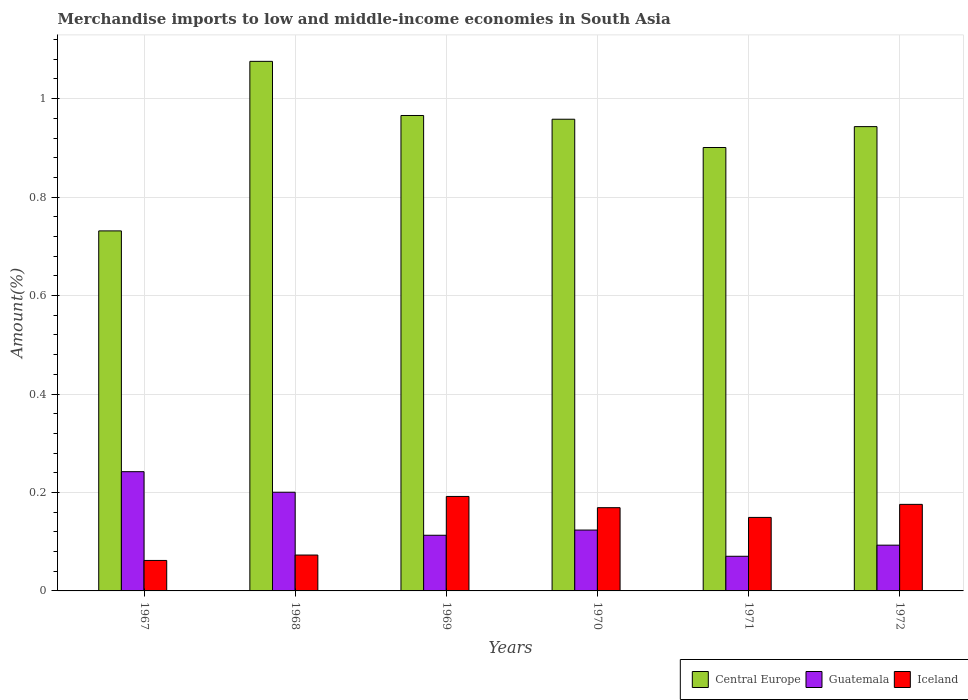
| Years | Central Europe | Guatemala | Iceland |
 | --- | --- | --- | --- |
 | 1967 | 0.731 | 0.242 | 0.0619 |
 | 1968 | 1.08 | 0.2 | 0.0729 |
 | 1969 | 0.966 | 0.113 | 0.192 |
 | 1970 | 0.958 | 0.124 | 0.169 |
 | 1971 | 0.901 | 0.0704 | 0.149 |
 | 1972 | 0.943 | 0.0929 | 0.176 |